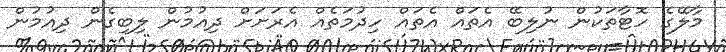
މާލޭގެ ހޮޓާތަކުން ނުލިބޭ އެތައް އެތައް ހިދުމަތެއް އެރަށަށް ދިއުމުން ލިބިގެން ދިއުމުން